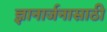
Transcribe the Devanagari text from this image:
ज्ञानार्जनासाठी